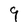
Character: 9